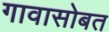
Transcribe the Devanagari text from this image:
गावासोबत